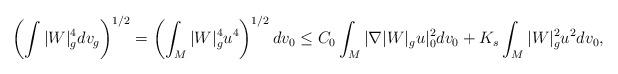
LaTeX: \begin{align*}\left(\int|W|_g^4dv_g \right)^{{1}/{2}} = \left(\int_M |W|_g^4u ^4 \right)^{{1}/{2}} dv_0 \leq C_0\int_M|\nabla|W|_gu|^2_0dv_0+K_s\int_M|W|_g^2u^2dv_0,\end{align*}